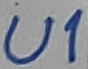
Text: U1